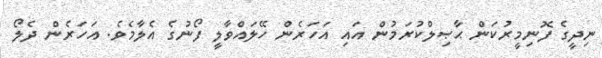
ނިދީގެ ފޮނިމީރުކަން ޙާޞިލްކުރަމުން އައި އަހަރެން ހޭލައްވާލީ ފޯނުގެ އެލާމެވެ. އަހަރެން ދެލޯ